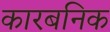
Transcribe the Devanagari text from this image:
कारबनिक